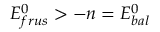
E _ { f r u s } ^ { 0 } > - n = E _ { b a l } ^ { 0 }